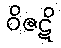
ဝိဇဋိ